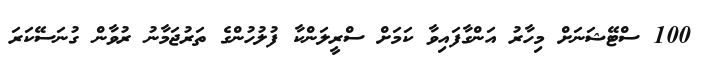
100 ސްޓޭޝަނަށް މިހާރު އަންގާފައިވާ ކަމަށް ސްރީލަންކާ ފުލުހުންގެ ތަރުޖަމާނު ރުވާން ގުނަސޭކަރަ